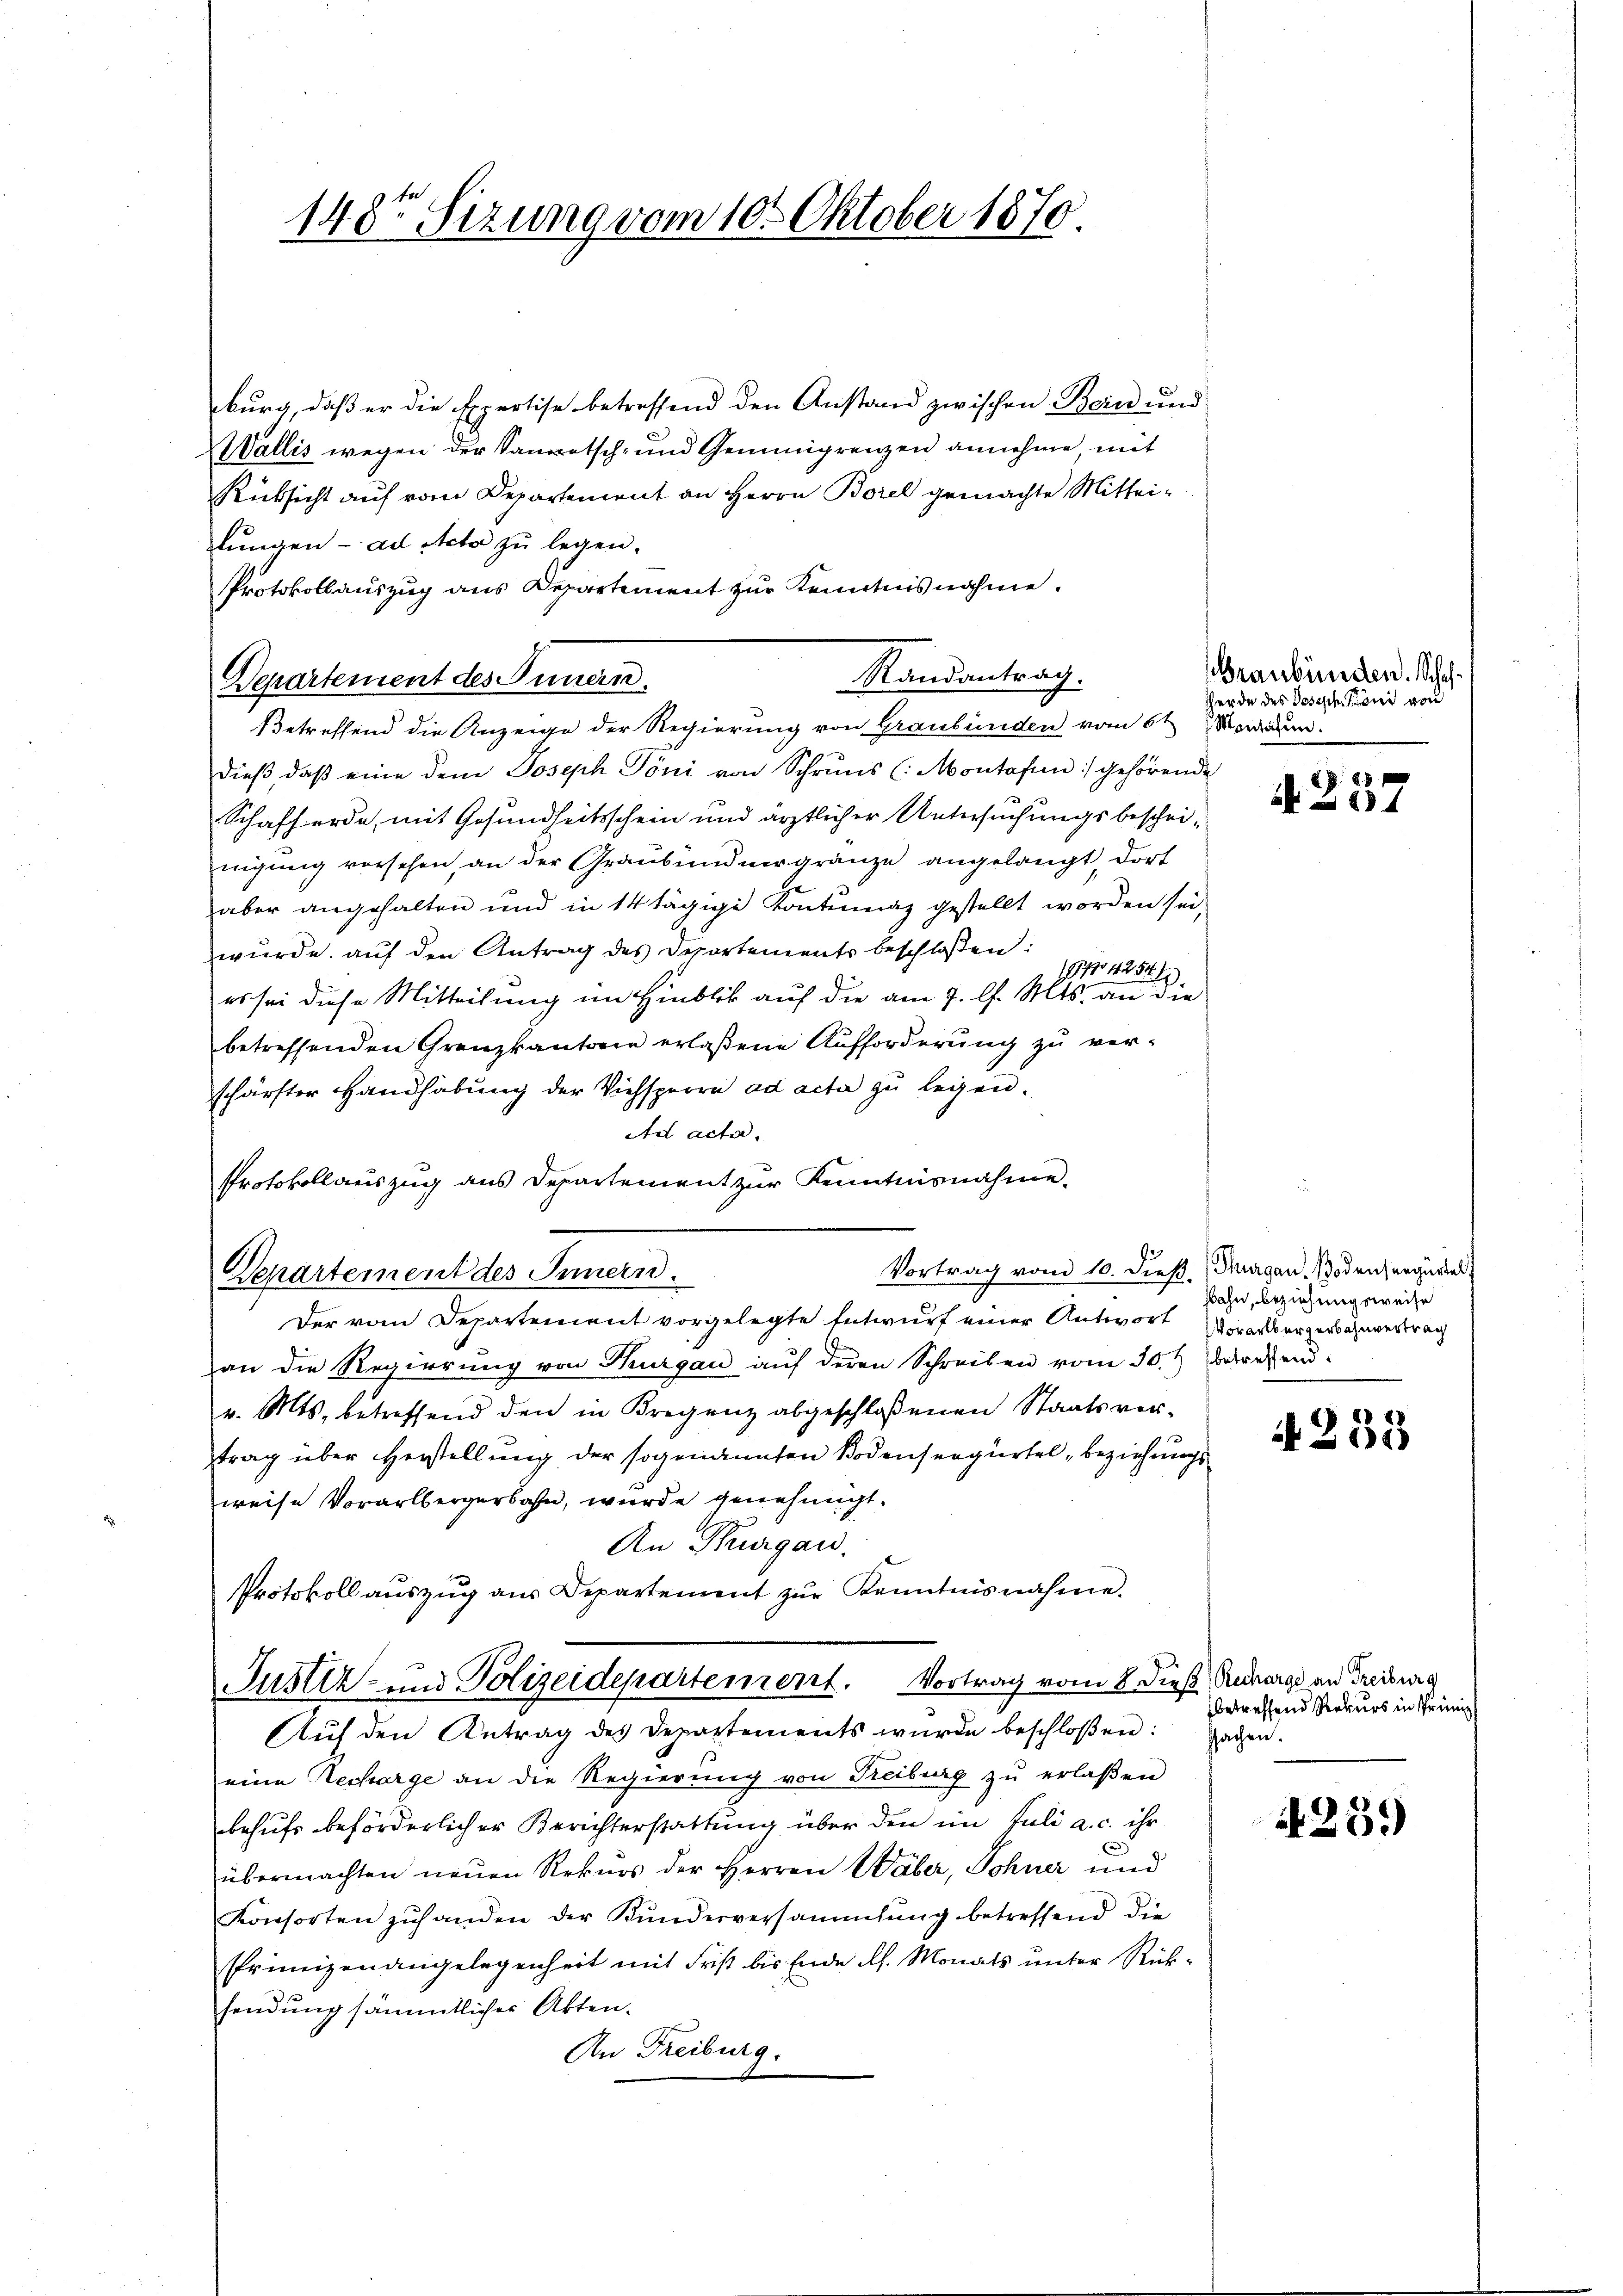
burg, daß er die Expertise betreffend den Anstand zwischen Bein und
Wallis wegen der Sanatsch- und Gemeingrenzen annehme, mit
Rüksicht auf vom Departement an Herrn Borel gemachte Mitteilungen - ad Acta zu legen.
Protokollauszug aus Departement zur Kenntnis nahme.
Randantrag.
Departement des Innern.
Betreffend die Anzeige der Regierung von Graubünden vom 6t Morden.
dieß daß eine dem Joseph Pöni von Schruns (Montafen :/ gehörende
Schafferde, mit Gesundheitsschein und ärztlicher Untersuchungsbescheinigung vorsehen, an der Graubündner gränze angelangt, dort
aber angehalten und in 14 tägige Kontumaz gestellt worden sei,
würde. aŭf den Antrag des Departements beschloßen:
1974254/
es sei diese Mitteilung im Hinblik auf die am 7. l. Mts. an die
betreffenden Grenzkantone erlaßene Aufforderung zu verschärfter Handhabung der Viehsperre ad acta zu legen.
Ad acta.
Protokollauszug aus Departement zur Kenntnisnahme.
Vortrag vom 10. dieß. Thurgau, Bodensergürtel
Departement des Innern.
Der vom Departement vorgelegte Entwurf einer Antwort Vorarlbergers anvertrag
an die Regierung von Thurgau auf deren Schreiben vom 30. betretendv. Mts. betreffend den in Kregenz abgeschloßenen Staatsver-
trag über Herstellung der sogenannten Bodenseegürtel „beziehungs
weise Vorarlbergerbahn, wurde genehmigt.
An Thurgau.
Protokoll auszug aus Departement zur Kenntnisnahme.
Justiz- und Polizeidepartement. Vortrag vom 8. Dieß Ruburg an Freiburg
Auf den Antrag des Departements wurde beschloßen: Hagen.
eine Recharge an die Regierŭng von Treiburg zŭ erlaßen
behufs beförderlicher Berichterstattung über den im Juli a. c. ihr
übermachten neuen Rekurs der Herren Wäber, Sohner und
Konsorten zuhanden der Kundesversammlung betreffend die
Primizen angelegenheit mit Frist bis Ende dh. Monats unter Rücksendung sämmtlicher Akten.
An Freiburg:

148te Sizung vom 10. Oktober 1870

BGraubünden. Schaf
Herde des Joseph Köni von

88.
A 37

Bahn, beziehungsweise

4233

betreffend Rekurs in Prinz

425.)